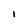
Character: 1